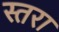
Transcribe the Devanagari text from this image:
स्तरा